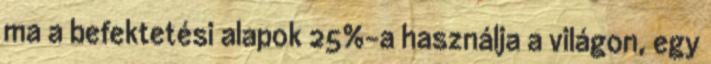
ma a befektetési alapok 25%-a használja a világon, egy